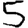
Digit: 5